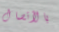
بالأتصال